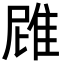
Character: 𮥻